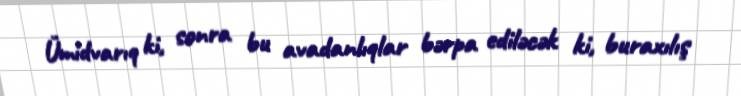
Ümidvarıq ki, sonra bu avadanlıqlar bərpa ediləcək ki, buraxılış